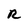
Character: R